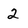
Character: 2